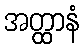
အတ္ထာနံ